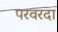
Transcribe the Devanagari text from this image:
परवरदा